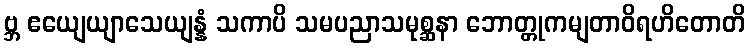
ဗ္ဘ ဧယျေယျာသေယျန္နံ သကာပိ သမပညာသမုစ္ဆနာ ဘောတ္တုကမျတာဝိရဟိတောတိ